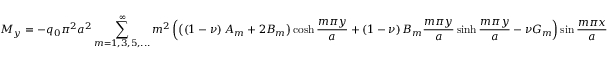
M _ { y } = - q _ { 0 } \pi ^ { 2 } a ^ { 2 } \sum _ { m = 1 , 3 , 5 , . . . } ^ { \infty } m ^ { 2 } \left( \left( \left( 1 - \nu \right) A _ { m } + 2 B _ { m } \right) \cosh { \frac { m \pi y } { a } } + \left( 1 - \nu \right) B _ { m } { \frac { m \pi y } { a } } \sinh { \frac { m \pi y } { a } } - \nu G _ { m } \right) \sin { \frac { m \pi x } { a } }